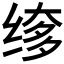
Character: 𬘲